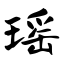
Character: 瑶